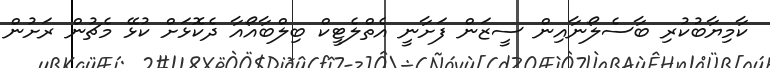
ކާމިޔާބުކުރި ބާސެލޯނާއިން ސީޒަން ފަށާނީ އެތްލެޓީކް ބިލްބާއޯއާ ދެކޮޅަށް ކުޅޭ މެޗުން ރަށުން